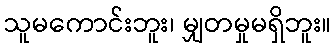
သူမကောင်းဘူး၊ မျှတမှုမရှိဘူး။